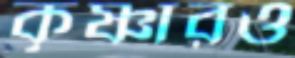
কৃষ্ণারও